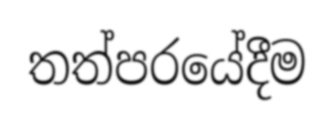
තත්පරයේදීම